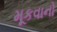
મૂકવાનો